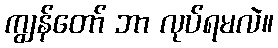
ကျွန်တော် ဘာ လုပ်ရမလဲ။